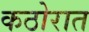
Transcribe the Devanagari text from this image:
कठोरात